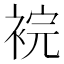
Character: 𧚁